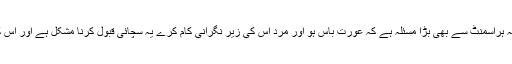
ورکنگ پلیس پر عورت کی کامیابی سے مرد کی انا کو ٹھیس پہنچتی ہے شاید یہ ہراسمنٹ سے بھی بڑا مسئلہ ہے کہ عورت باس ہو اور مرد اس کی زیر نگرانی کام کرے یہ سچائی قبول کرنا مشکل ہے اور اس کی وجہ سے عورت کے لیے حالات ناسازگار بنانے کی کوشش ہوتی رہتی ہے۔